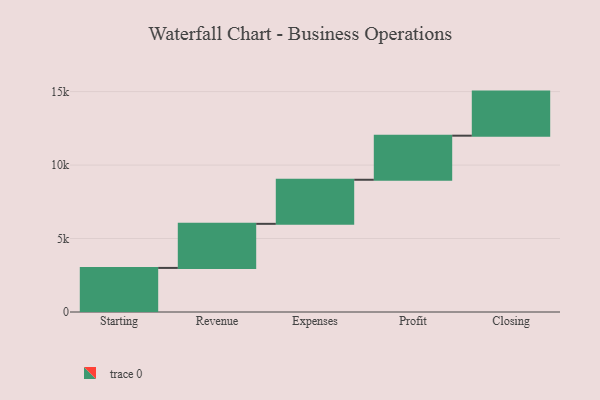
{"axis": {"x": "Step", "y": "Value"}, "legend": [""], "data": [{"x": "Starting", "y": 3000, "type": ""}, {"x": "Revenue", "y": 3000, "type": ""}, {"x": "Expenses", "y": 3000, "type": ""}, {"x": "Profit", "y": 3000, "type": ""}, {"x": "Closing", "y": 3000, "type": ""}]}